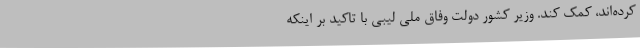
کرده‌اند، کمک کند. وزیر کشور دولت وفاق ملی لیبی با تاکید بر اینکه